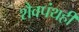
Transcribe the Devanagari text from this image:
शैवपंथही